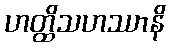
ဟတ္ထိသဟဿာနိ